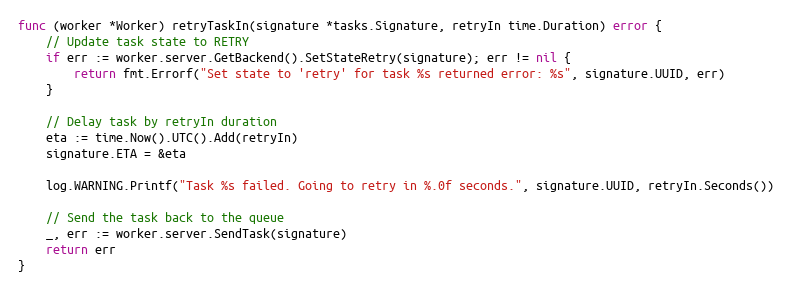
Language: Go
func (worker *Worker) retryTaskIn(signature *tasks.Signature, retryIn time.Duration) error {
	// Update task state to RETRY
	if err := worker.server.GetBackend().SetStateRetry(signature); err != nil {
		return fmt.Errorf("Set state to 'retry' for task %s returned error: %s", signature.UUID, err)
	}

	// Delay task by retryIn duration
	eta := time.Now().UTC().Add(retryIn)
	signature.ETA = &eta

	log.WARNING.Printf("Task %s failed. Going to retry in %.0f seconds.", signature.UUID, retryIn.Seconds())

	// Send the task back to the queue
	_, err := worker.server.SendTask(signature)
	return err
}